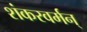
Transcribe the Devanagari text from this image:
शंकरवर्मन्